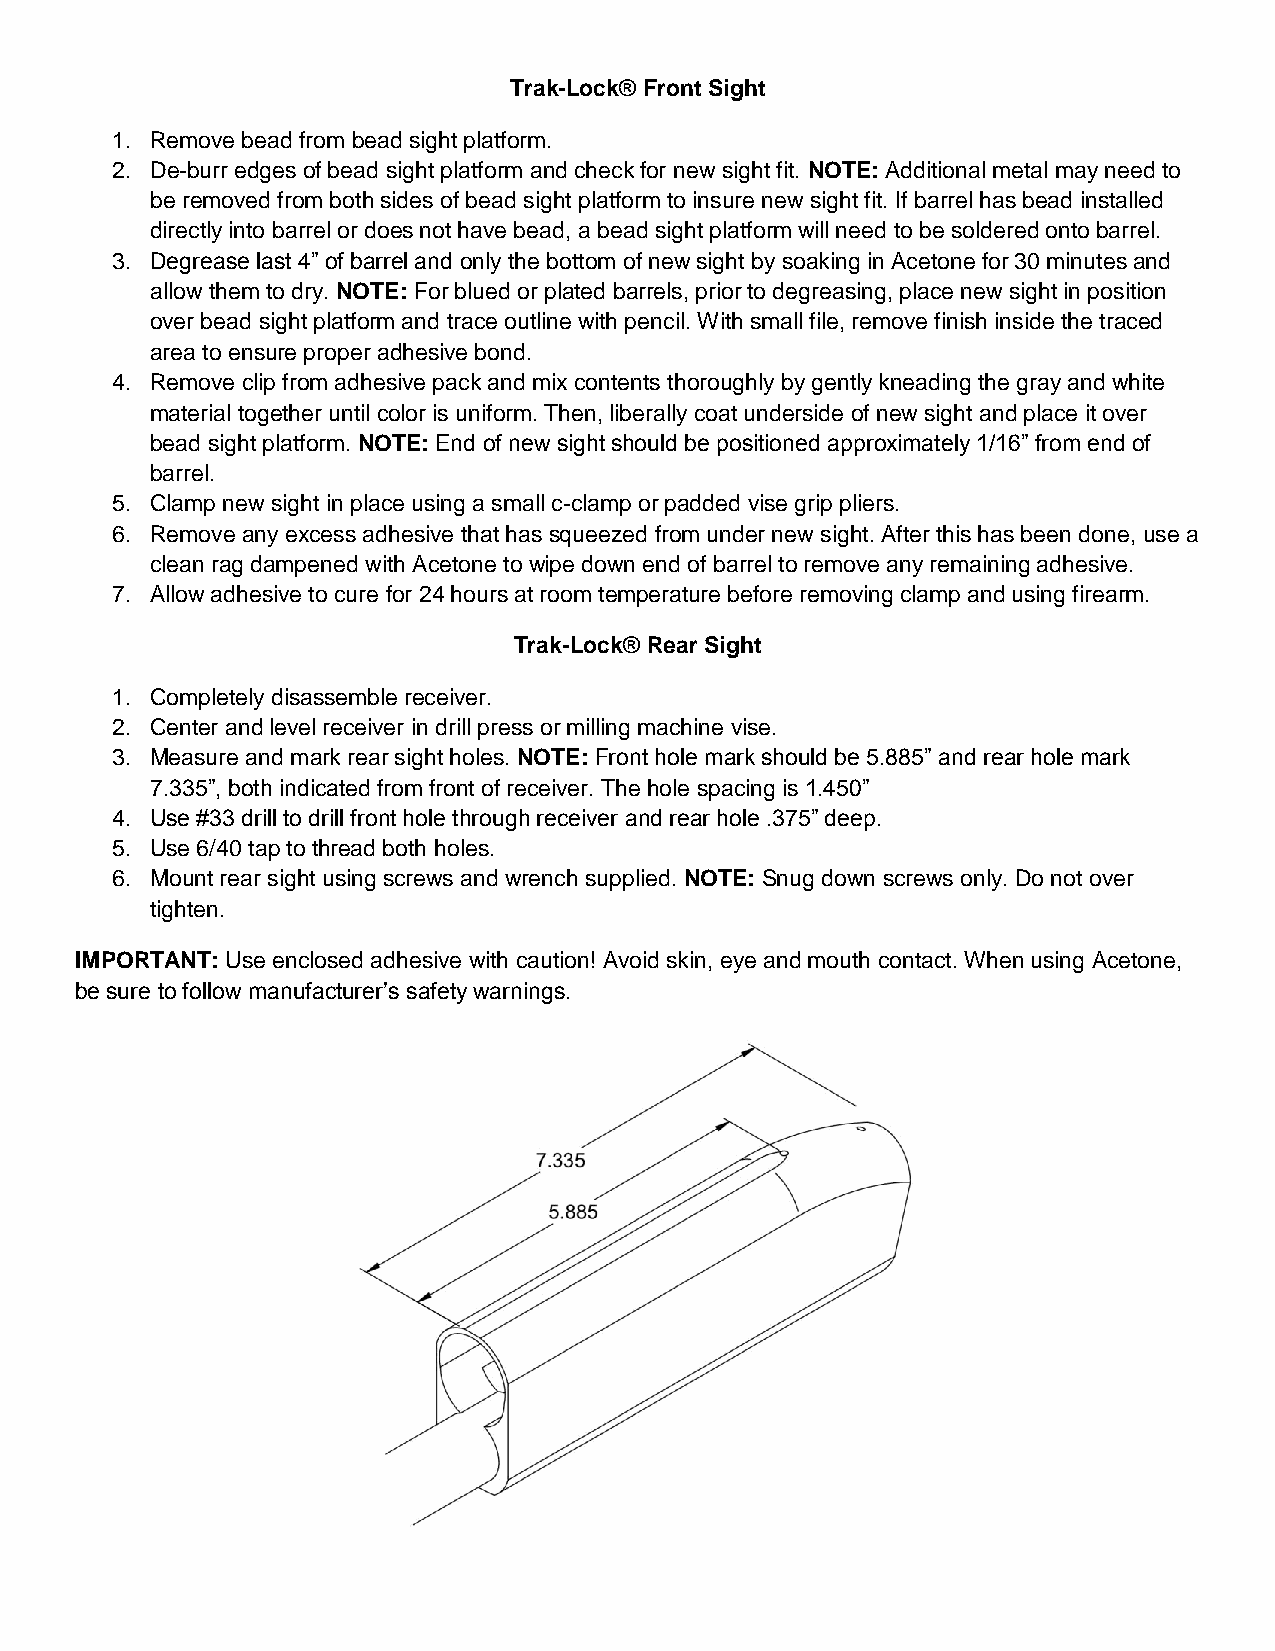
Trak-Lock® Front Sight
 1. Remove bead from bead sight platform.
 2. De-burr edges of bead sight platform and check for new sight fit. NOTE: Additional metal may need to
 be removed from both sides of bead sight platform to insure new sight fit. If barrel has bead installed
 directly into barrel or does not have bead, a bead sight platform will need to be soldered onto barrel.
 3. Degrease last 4” of barrel and only the bottom of new sight by soaking in Acetone for 30 minutes and
 allow them to dry. NOTE: For blued or plated barrels, prior to degreasing, place new sight in position
 over bead sight platform and trace outline with pencil. With small file, remove finish inside the traced
 area to ensure proper adhesive bond.
 4. Remove clip from adhesive pack and mix contents thoroughly by gently kneading the gray and white
 material together until color is uniform. Then, liberally coat underside of new sight and place it over
 bead sight platform. NOTE: End of new sight should be positioned approximately 1/16” from end of
 barrel.
 5. Clamp new sight in place using a small c-clamp or padded vise grip pliers.
 6. Remove any excess adhesive that has squeezed from under new sight. After this has been done, use a
 clean rag dampened with Acetone to wipe down end of barrel to remove any remaining adhesive.
 7. Allow adhesive to cure for 24 hours at room temperature before removing clamp and using firearm.
 Trak-Lock® Rear Sight
 1. Completely disassemble receiver.
 2. Center and level receiver in drill press or milling machine vise.
 3. Measure and mark rear sight holes. NOTE: Front hole mark should be 5.885” and rear hole mark
 7.335”, both indicated from front of receiver. The hole spacing is 1.450”
 4. Use #33 drill to drill front hole through receiver and rear hole .375” deep.
 5. Use 6/40 tap to thread both holes.
 6. Mount rear sight using screws and wrench supplied. NOTE: Snug down screws only. Do not over
 tighten.
 IMPORTANT: Use enclosed adhesive with caution! Avoid skin, eye and mouth contact. When using Acetone,
 be sure to follow manufacturer’s safety warnings.